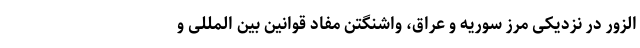
الزور در نزدیکی مرز سوریه و عراق، واشنگتن مفاد قوانین بین المللی و